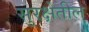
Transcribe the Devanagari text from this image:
सुरक्षेतील